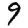
Digit: 9